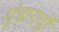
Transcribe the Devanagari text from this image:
ग़ुंडागर्दी